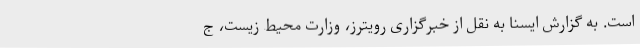
است. به گزارش ایسنا به نقل از خبرگزاری رویترز، وزارت محیط زیست، ج